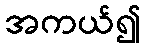
အကယ်၍